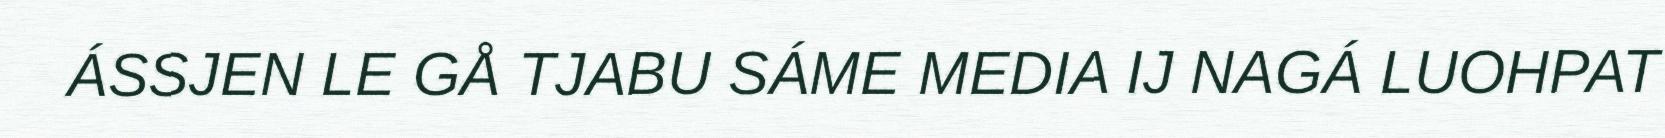
ÁSSJEN LE GÅ TJABU SÁME MEDIA IJ NAGÁ LUOHPAT